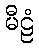
မီဠံ